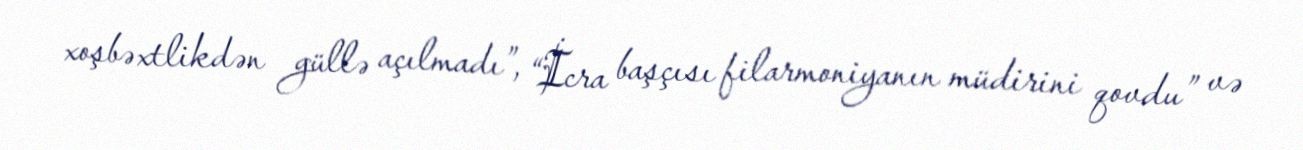
xoşbəxtlikdən güllə açılmadı”, “İcra başçısı filarmoniyanın müdirini qovdu” və